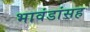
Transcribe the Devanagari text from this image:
भावंडांसह